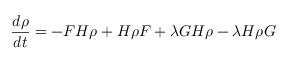
\frac { d \rho } { d t } = - F H \rho + H \rho F + \lambda G H \rho - \lambda H \rho G